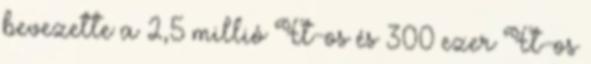
bevezette a 2,5 millió Ft-os és 300 ezer Ft-os